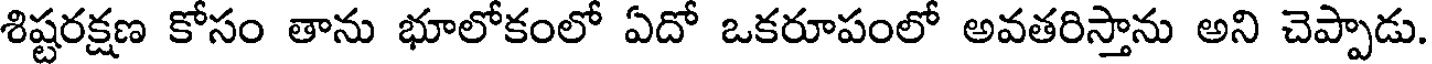
శిష్టరక్షణ కోసం తాను భూలోకంలో ఏదో ఒకరూపంలో అవతరిస్తాను అని చెప్పాడు.